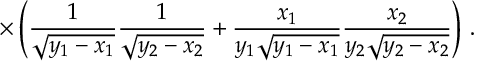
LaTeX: \times \left( \frac { 1 } { \sqrt { y _ { 1 } - x _ { 1 } } } \frac { 1 } { \sqrt { y _ { 2 } - x _ { 2 } } } + \frac { x _ { 1 } } { y _ { 1 } \sqrt { y _ { 1 } - x _ { 1 } } } \frac { x _ { 2 } } { y _ { 2 } \sqrt { y _ { 2 } - x _ { 2 } } } \right) \, .